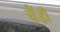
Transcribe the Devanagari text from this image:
चैंडी